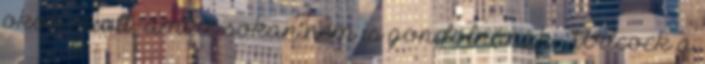
okok miatt, amire sokan nem is gondolnának. Wilcock a